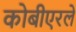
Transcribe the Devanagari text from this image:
कोबीएरले